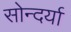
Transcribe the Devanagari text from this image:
सोन्दर्या